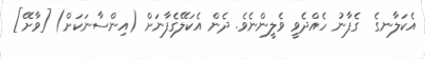
އެކަލާނގެ  ގެފާނު ހެއްދެވީ ވެލީންނެވެ. ދެން އެކަލޭގެފާނަށް (އިންސާނަކަށް) [ވާށޭ]